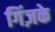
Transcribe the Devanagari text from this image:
गिंज़के